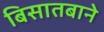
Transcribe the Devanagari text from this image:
बिसातबाने